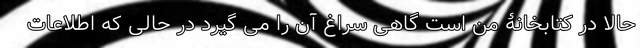
حالا در کتابخانۀ من است گاهی سراغ آن را می گیرد در حالی که اطلاعات